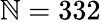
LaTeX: \mathbb{N}=332